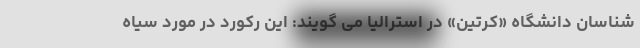
شناسان دانشگاه «کرتین» در استرالیا می گویند: این رکورد در مورد سیاه